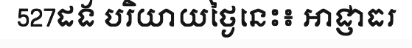
527ដង បរិយាយថ្ងៃនេះ៖ អាជ្ញាធរ